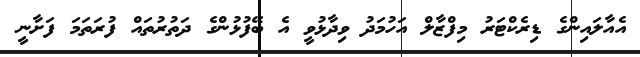
އެއާލައިންގެ ޑިރެކްޓަރު މިފްޒާލް އަހުމަދު ވިދާޅުވީ އެ ބޭފުޅުންގެ ދަތުރުތައް ފުރަތަމަ ފަށާނީ